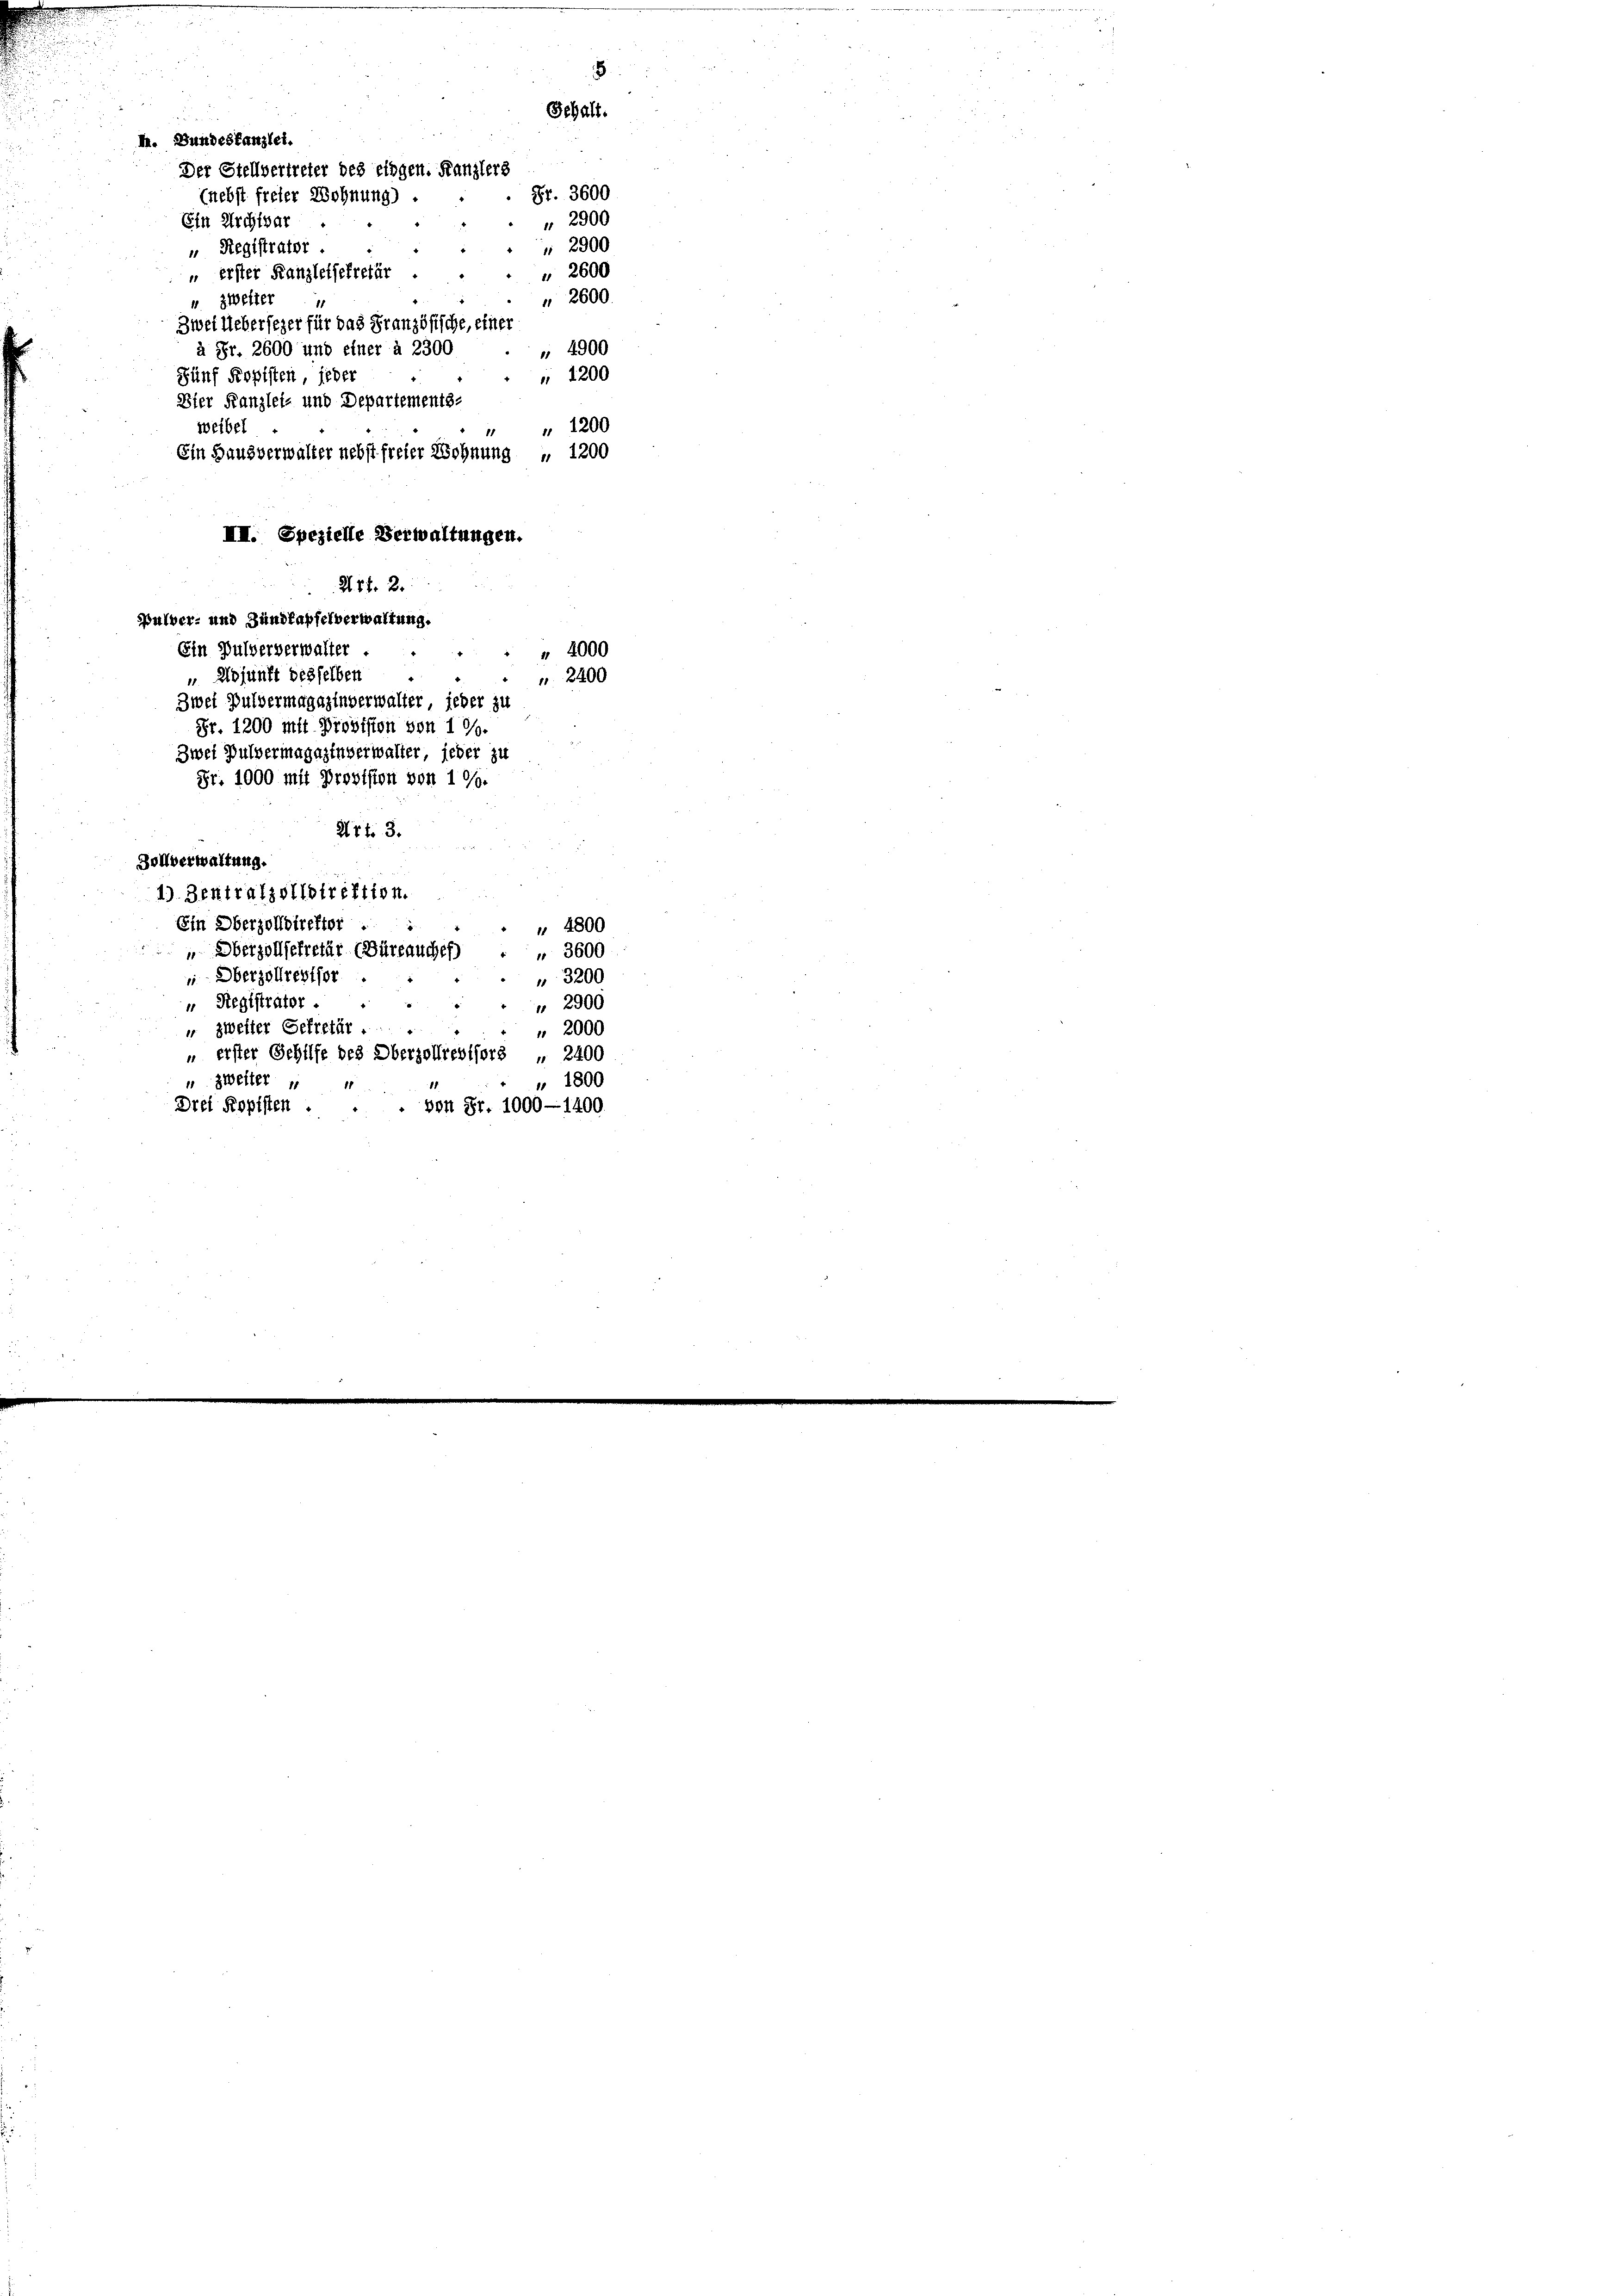
281. 2.
Pulver- und Zündhapfelverwaltung.
Ein Pulververwalter
" 4000
 Adjunft desselben
" 2400
Zwei Bulvermagazinverwalter, jeder zu
Fr. 1200 mit Provision von 19.
Zwei Pulvermagazinverwalter jeder zu
Fr. 1000 mit Provision von 1 %.
Art. 3.
Zollverwaltung.
1) Zentralzollstrektion.
Ein Oberzolldirektor :
" 4800
" Oberzollsekretär (Büreauches " 3600
 Oberzollrestfor
 3200
" Registrator .
" 2900
" zweiter Gekretär .
 2000
erster Gehilfe des Oberzollrevisors " 2400
" 1800
" zweiter
Drei Kopisten . . . von Fr. 1000—1400.

I. Bundeskanzlei.
Der Stellvertreter des eingen. Kanzlers
(nebst freier Wohnung)
Fünf Kopisten jeder
Dier Kanzlei- und Departements-
weibel
Ein Hausverwalter nebst freier Wohnung „ 1200
III. Spezielle Verwaltungen.

Ein Archivar
 Registrator
" zweiter
Zwei Ueberseher für das Französische, einer
à Fr. 2600 und einer à 2300

“ erster Kanzleisekretär

Fr. 3600
 2900
 2900
 2600
 2600
" 4900
" 1200
.
" 1200
1.

8
Gehalt.